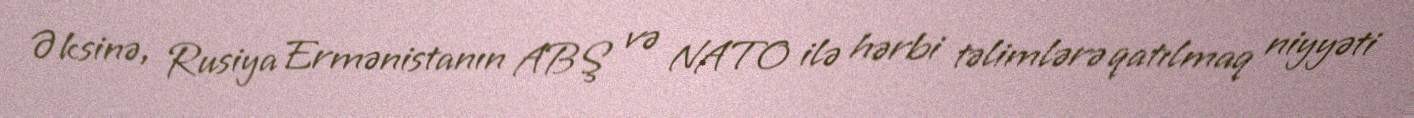
Əksinə, Rusiya Ermənistanın ABŞ və NATO ilə hərbi təlimlərə qatılmaq niyyəti